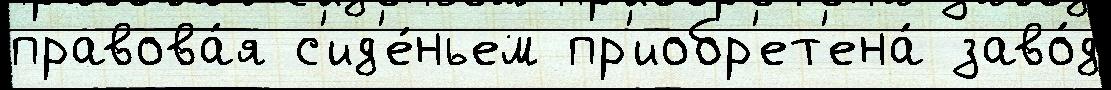
правова́я с'ид'е́ньем пр'иобр'ет'ена́ заво́д